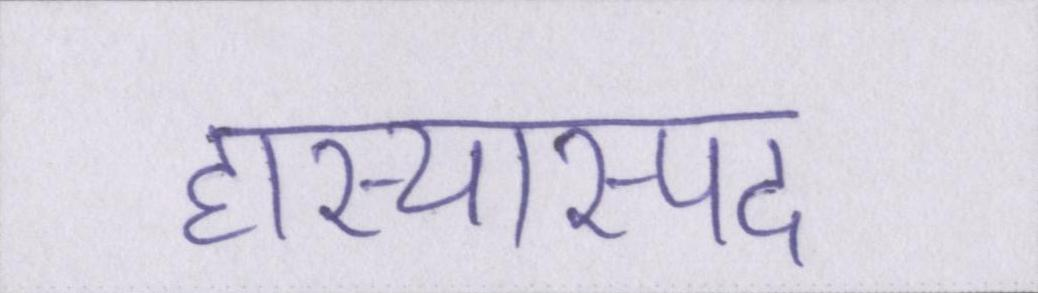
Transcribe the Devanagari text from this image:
हास्यास्पद